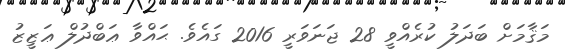
މަޤާމަށް ބަދަލު ކުރެއްވީ 28 ޖަނަވަރީ 2016 ގައެވެ. ޙައްވާ ޢަބްދުލް ޢަޒީޒު